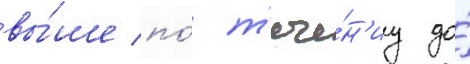
вы́ше по́ т'ече́н'иу до́